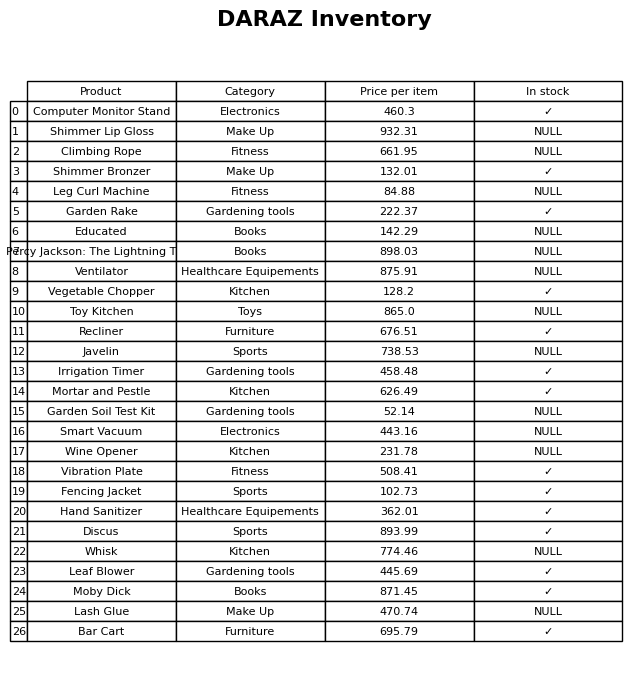
question: What is the price for Wine Opener?
answer: The price of Wine Opener is 231.78.